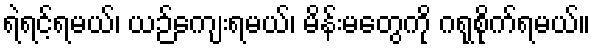
ရဲရင့်ရမယ်၊ ယဉ်ကျေးရမယ်၊ မိန်းမတွေကို ဂရုစိုက်ရမယ်။